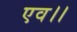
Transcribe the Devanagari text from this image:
एव।।